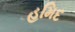
હમિદ